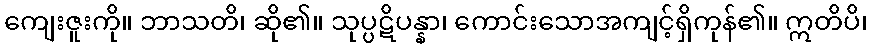
ကျေးဇူးကို။ ဘာသတိ၊ ဆို၏။ သုပ္ပဋိပန္နာ၊ ကောင်းသောအကျင့်ရှိကုန်၏။ ဣတိပိ၊